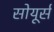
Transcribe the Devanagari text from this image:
सोयूर्स